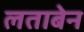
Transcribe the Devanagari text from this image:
लताबेन